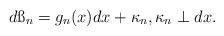
LaTeX: \begin{align*}d\ss_n=g_n(x)dx+\kappa_n, \kappa_n \perp dx.\end{align*}